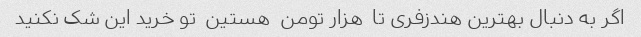
اگر به دنبال بهترین هندزفری تا  هزار تومن  هستین  تو خرید این شک نکنید